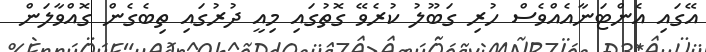
އޭގައި އެންޓަނާއެއްވެސް ހުރި ގަބޫލު ކުރެވޭ ގޮތުގައި މިއީ ދުރުގައި ތިބެގެން ގޮއްވާލަން